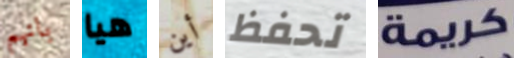
بانهم هيا أين تحفظ كريمة